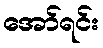
အော်ရင်း